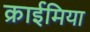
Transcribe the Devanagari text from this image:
क्राईमिया